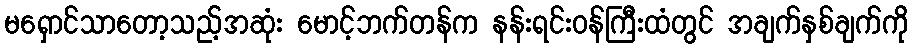
မရှောင်သာတော့သည့်အဆုံး မောင့်ဘက်တန်က နန်းရင်းဝန်ကြီးထံတွင် အချက်နှစ်ချက်ကို